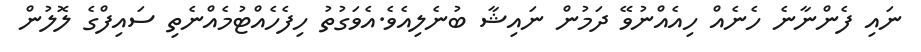
ނައި ފެންނާނެ ހެނެއް ހިއެއްނުވޭ ދަމުން ނައިޝާ ބުނެލިއެވެ.އެވަގުތު ހިފެހެއްޓުމެއްނެތި ސައިފްގެ ލޮލުން